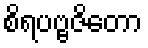
စိရပဗ္ဗဇိတော